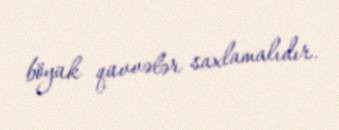
böyük qüvvələr saxlamalıdır.